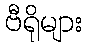
ဗီရိုများ